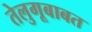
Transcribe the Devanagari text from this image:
तेलुगूबाबत